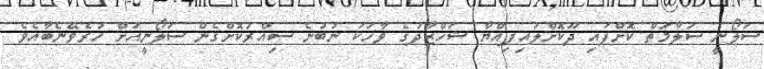
ސަލޯނީ ސަލާމަތް ކޮށްފައި ދޫކޮށްލައިފިއްޔާ ޝަހްޒާދުގެ ވާހަކަ ނުބުނެ ސިއްރުކޮށްގެން ސަލޯނީއަށް ހުރެވޭނެބާއެވެ